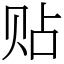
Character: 贴